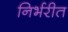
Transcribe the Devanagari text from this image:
निर्भरीत